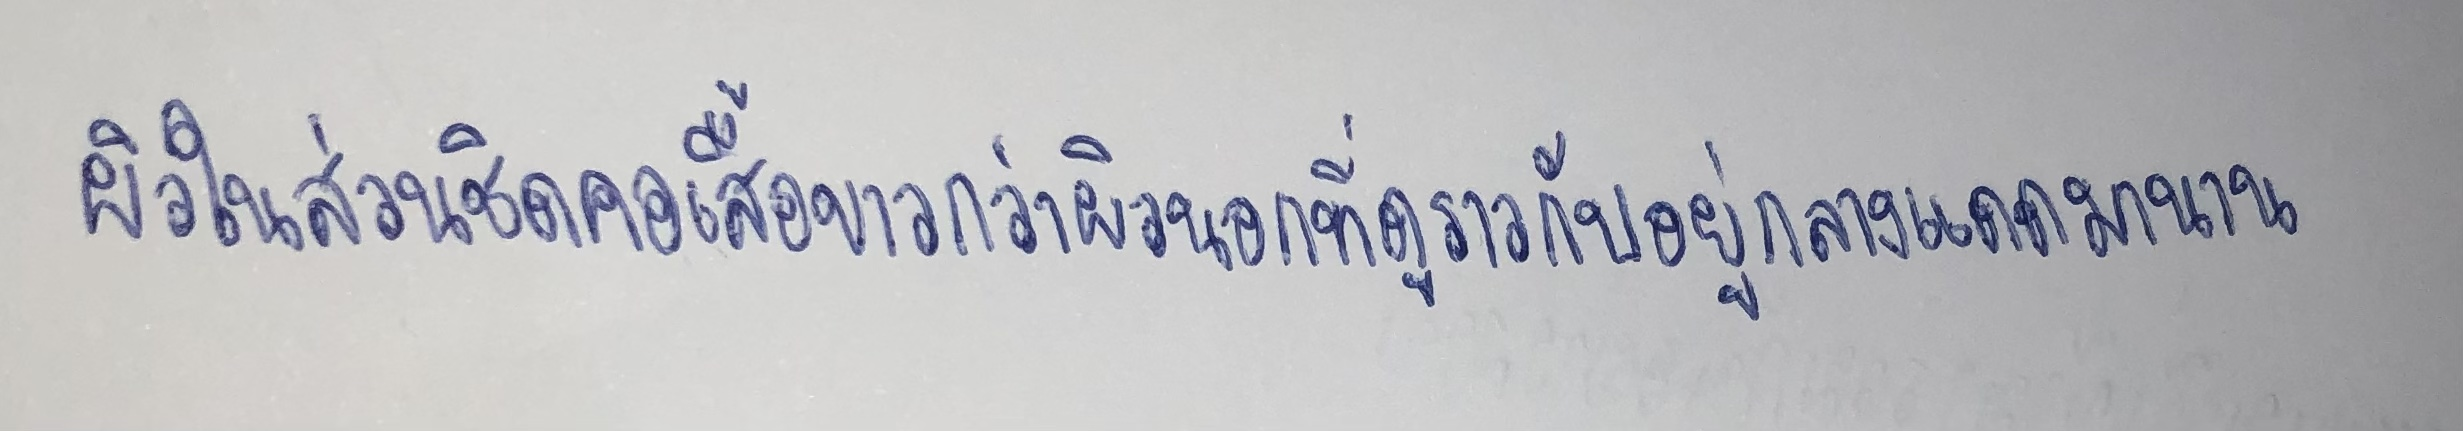
ผิวในส่วนชิดคอเสื้อขาวกว่าผิวนอกที่ดูราวกับอยู่กลางแดดมานาน